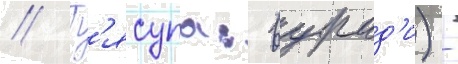
// Г'ясупа: вурад'и) -